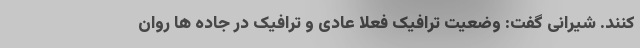
کنند. شیرانی گفت: وضعیت ترافیک فعلا عادی و ترافیک در جاده ها روان